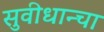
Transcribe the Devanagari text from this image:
सुवीधान्चा